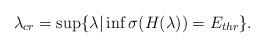
LaTeX: \begin{align*} \lambda_{cr} = \sup\{\lambda | \inf \sigma (H(\lambda)) = E_{thr}\} . \end{align*}